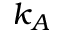
k _ { A }